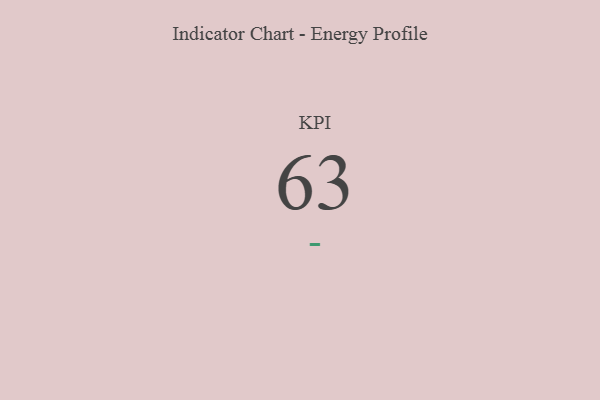
{"axis": {"x": "KPI", "y": "Value"}, "legend": [""], "data": [{"x": "KPI", "y": 63, "type": ""}]}